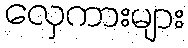
လှေကားများ